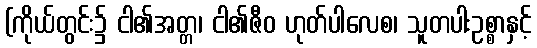
(ကိုယ်တွင်း၌ ငါ၏အတ္တ၊ ငါ၏ဇီဝ ဟုတ်ပါလေစ၊ သူတပါးဥစ္စာနှင့်